Vaccination in Bombay 1869-1873 - 1869-1873
Year: 1869
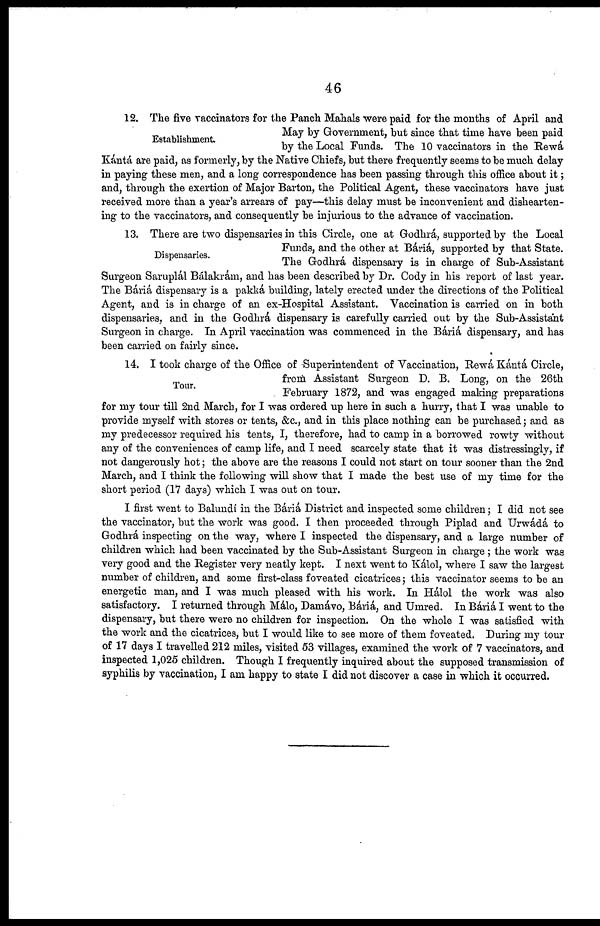
46
Establishment.
12. The five vaccinators for the Panch Mahals were paid for the months of April and
May by Government, but since that time have been paid
by the Local Funds. The 10 vaccinators in the Rewá
Kántá are paid, as formerly, by the Native Chiefs, but there frequently seems to be much delay
in paying these men, and a long correspondence has been passing through this office about it;
and, through the exertion of Major Barton, the Political Agent, these vaccinators have just
received more than a year's arrears of pay—this delay must be inconvenient and dishearten-
ing to the vaccinators, and consequently be injurious to the advance of vaccination.
Dispensaries.
13. There are two dispensaries in this Circle, one at Godhrá, supported by the Local
Funds, and the other at Báriá, supported by that State.
The Godhrá dispensary is in charge of Sub-Assistant
Surgeon Saruplál Bálakrám, and has been described by Dr. Cody in his report of last year.
The Báriá dispensary is a pakká building, lately erected under the directions of the Political
Agent, and is in charge of an ex-Hospital Assistant. Vaccination is carried on in both
dispensaries, and in the Godhrá dispensary is carefully carried out by the Sub-Assistant
Surgeon in charge. In April vaccination was commenced in the Báriá dispensary, and has
been carried on fairly since.
Tour.
14. I took charge of the Office of Superintendent of Vaccination, Rewá Kántá, Circle,
from Assistant Surgeon D. B. Long, on the 26th
February 1872, and was engaged making preparations
for my tour till 2nd March, for I was ordered up here in such a hurry, that I was unable to
provide myself with stores or tents, &c., and in this place nothing can be purchased; and as
my predecessor required his tents, I, therefore, had to camp in a borrowed rowty without
any of the conveniences of camp life, and I need scarcely state that it was distressingly, if
not dangerously hot; the above are the reasons I could not start on tour sooner than the 2nd
March, and I think the following will show that I made the best use of my time for the
short period (17 days) which I was out on tour.
I first went to Balundí in the Báriá District and inspected some children; I did not see
the vaccinator, but the work was good. I then proceeded through Piplad and Urwádá to
Godhrá inspecting on the way, where I inspected the dispensary, and a large number of
children which had been vaccinated by the Sub-Assistant Surgeon in charge ; the work was
very good and the Register very neatly kept. I next went to Kálol, where I saw the largest
number of children, and some first-class foveated cicatrices; this vaccinator seems to be an
energetic man, and I was much pleased with his work. In Hálol the work was also
satisfactory. I returned through Málo, Damávo, Báriá, and Umred. In Báriá I went to the
dispensary, but there were no children for inspection. On the whole I was satisfied with
the work and the cicatrices, but I would like to see more of them foveated. During my tour
of 17 days I travelled 212 miles, visited 53 villages, examined the work of 7 vaccinators, and
inspected 1,025 children. Though I frequently inquired about the supposed transmission of
syphilis by vaccination, I am happy to state I did not discover a case in which it occurred.